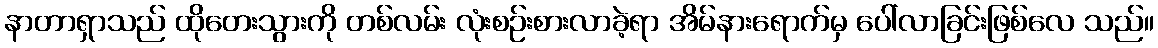
နာတာရှာသည် ထိုတေးသွားကို တစ်လမ်း လုံးစဉ်းစားလာခဲ့ရာ အိမ်နားရောက်မှ ပေါ်လာခြင်းဖြစ်လေ သည်။